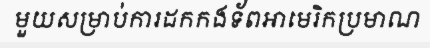
មួយសម្រាប់ការដកកងទ័ពអាមេរិកប្រមាណ